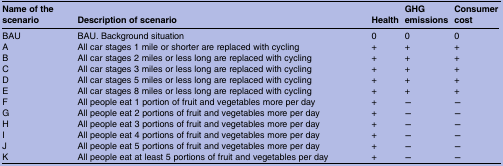
| Name of the scenario | Description of scenario | Health | GHG emissions | Consumer cost |
 | --- | --- | --- | --- | --- |
 | BAU | BAU. Background situation | 0 | 0 | 0 |
 | A | All car stages 1 mile or shorter are replaced with cycling | + | + | + |
 | B | All car stages 2 miles or less long are replaced with cycling | + | + | + |
 | C | All car stages 3 miles or less long are replaced with cycling | + | + | + |
 | D | All car stages 5 miles or less long are replaced with cycling | + | + | + |
 | E | All car stages 8 miles or less long are replaced with cycling | + | + | + |
 | F | All people eat 1 portion of fruit and vegetables more per day | + | − | − |
 | G | All people eat 2 portions of fruit and vegetables more per day | + | − | − |
 | H | All people eat 3 portions of fruit and vegetables more per day | + | − | − |
 | I | All people eat 4 portions of fruit and vegetables more per day | + | − | − |
 | J | All people eat 5 portions of fruit and vegetables more per day | + | − | − |
 | K | All people eat at least 5 portions of fruit and vegetables per day | + | − | − |